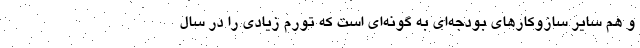
و هم سایر سازوکارهای بودجه‌ای به گونه‌ای است که تورم زیادی را در سال